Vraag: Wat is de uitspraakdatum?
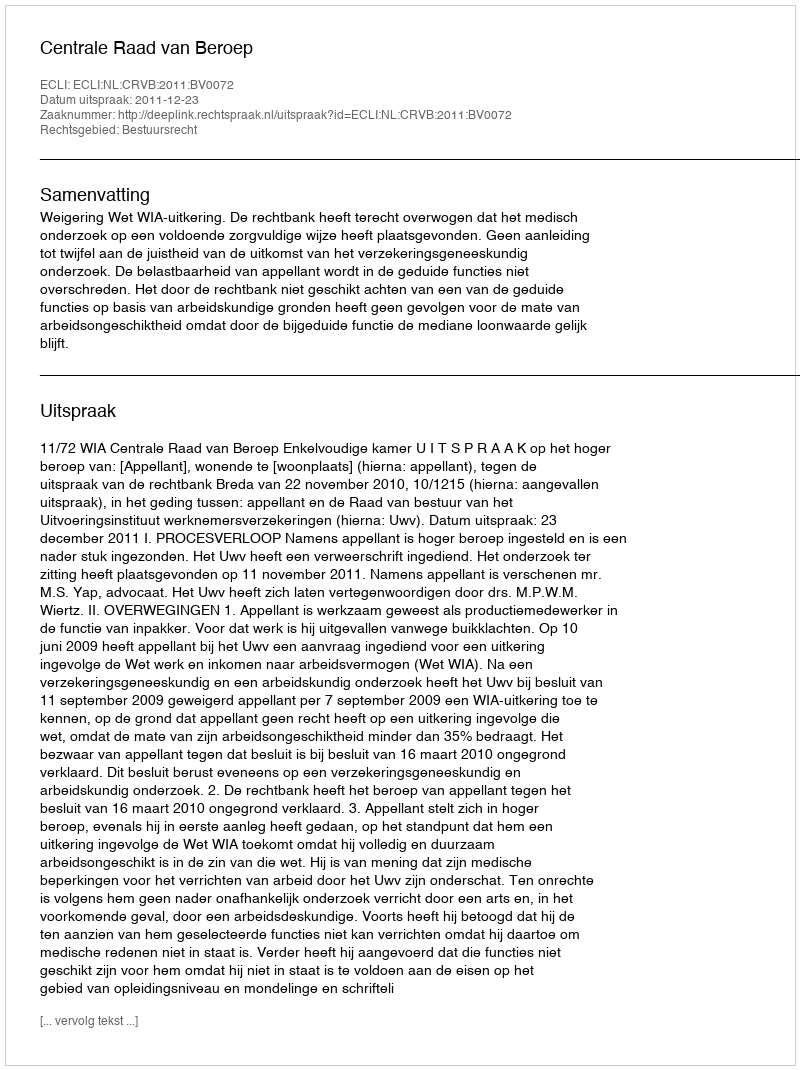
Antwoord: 2011-12-23